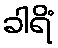
ခါရိံ